system: You are a helpful assistant.
user:
Analyze the provided spectrum to determine if it is a **Carbon Star (C-type)**.

- **Key Visual Indicators of Carbon Star:**
    - **(Primary):** Strong molecular absorption from **C₂ (diatomic carbon) "Swan Bands."** This is the **defining feature** of a carbon star.
        - **(Key Bandheads):** Sharp absorption edges are visible at approximately $5635$ Å, $5165$ Å (the strongest band), and $4737$ Å.
        - **(Line Profile):** Creates a distinct **"saw-tooth"** pattern. The key morphology is a sharp, steep bandhead on the **red (long-wavelength) side**, which then gradually tapers off (i.e., flux recovers) towards the **blue (short-wavelength) side**. *(This is the direct opposite of the TiO bands seen in M-type stars)*.

    - **(Secondary):** Intense **CN (cyanogen)** molecular absorption bands.
        - **(Key Bandheads):** Located in the blue and violet regions of the spectrum (e.g., near $4215$ Å and $3883$ Å).
        - **(Morphology):** These bands are extremely broad and act as a "blanket," absorbing the vast majority of blue and violet light. This creates a characteristic **"cliff"** or **"steep drop-off"** in the spectrum's flux at short wavelengths.

    - **(Key Confirmation):** Strong **CH absorption band (G-band)**.
        - **(Key Bandhead):** Located around $4300$ Å. The contribution from CH molecules to this band is exceptionally strong.

    - **(Overall Spectrum):**
        - The continuum is severely "chopped up" by these deep molecular bands, especially C₂, rather than appearing as a smooth curve.
        - Due to the heavy CN and C₂ absorption in the blue-green, the vast majority of the star's flux is concentrated in the red part of the spectrum, giving the star its characteristic deep red color.

Think first, call **spectral_visualization_tool** if needed to examine features in detail, then provide your final answer. Your response must adhere to the following strict rules:
1.  **Overall Structure:** Your response must follow the format `<think>...</think> <tool_call>...</tool_call> (if a tool is used) <answer>...</answer>`.
2.  **Tool Usage Constraint:** You may only make **one** tool call per turn.
3.  **Final Answer Format:** In the `<answer>` tag, your conclusion must be inside a `\boxed{}` command (e.g., `\boxed{YES}`), followed by your justification.

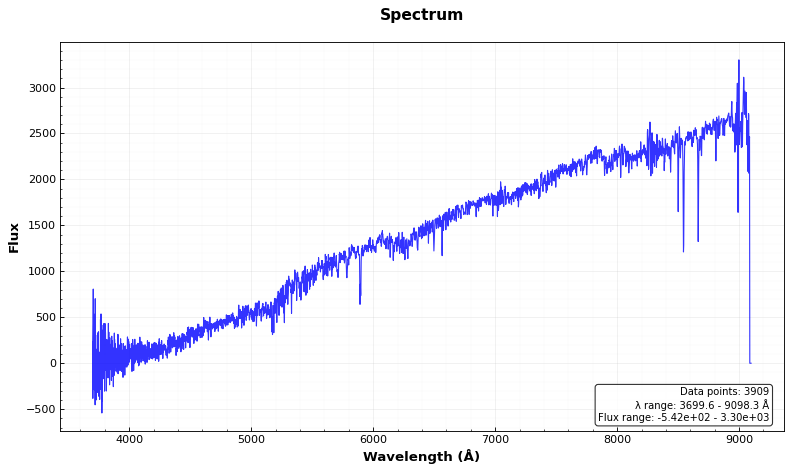
Answer: NO